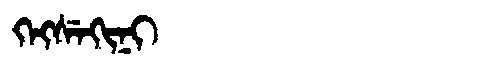
Manchu: ᡴᡝᡴᠰᡝᡴᡳᠨᡳ
Romanization: KEKSEKINI